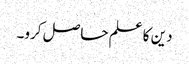
دین کا علم حاصل کرو۔